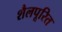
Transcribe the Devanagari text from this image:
शैलपूरित